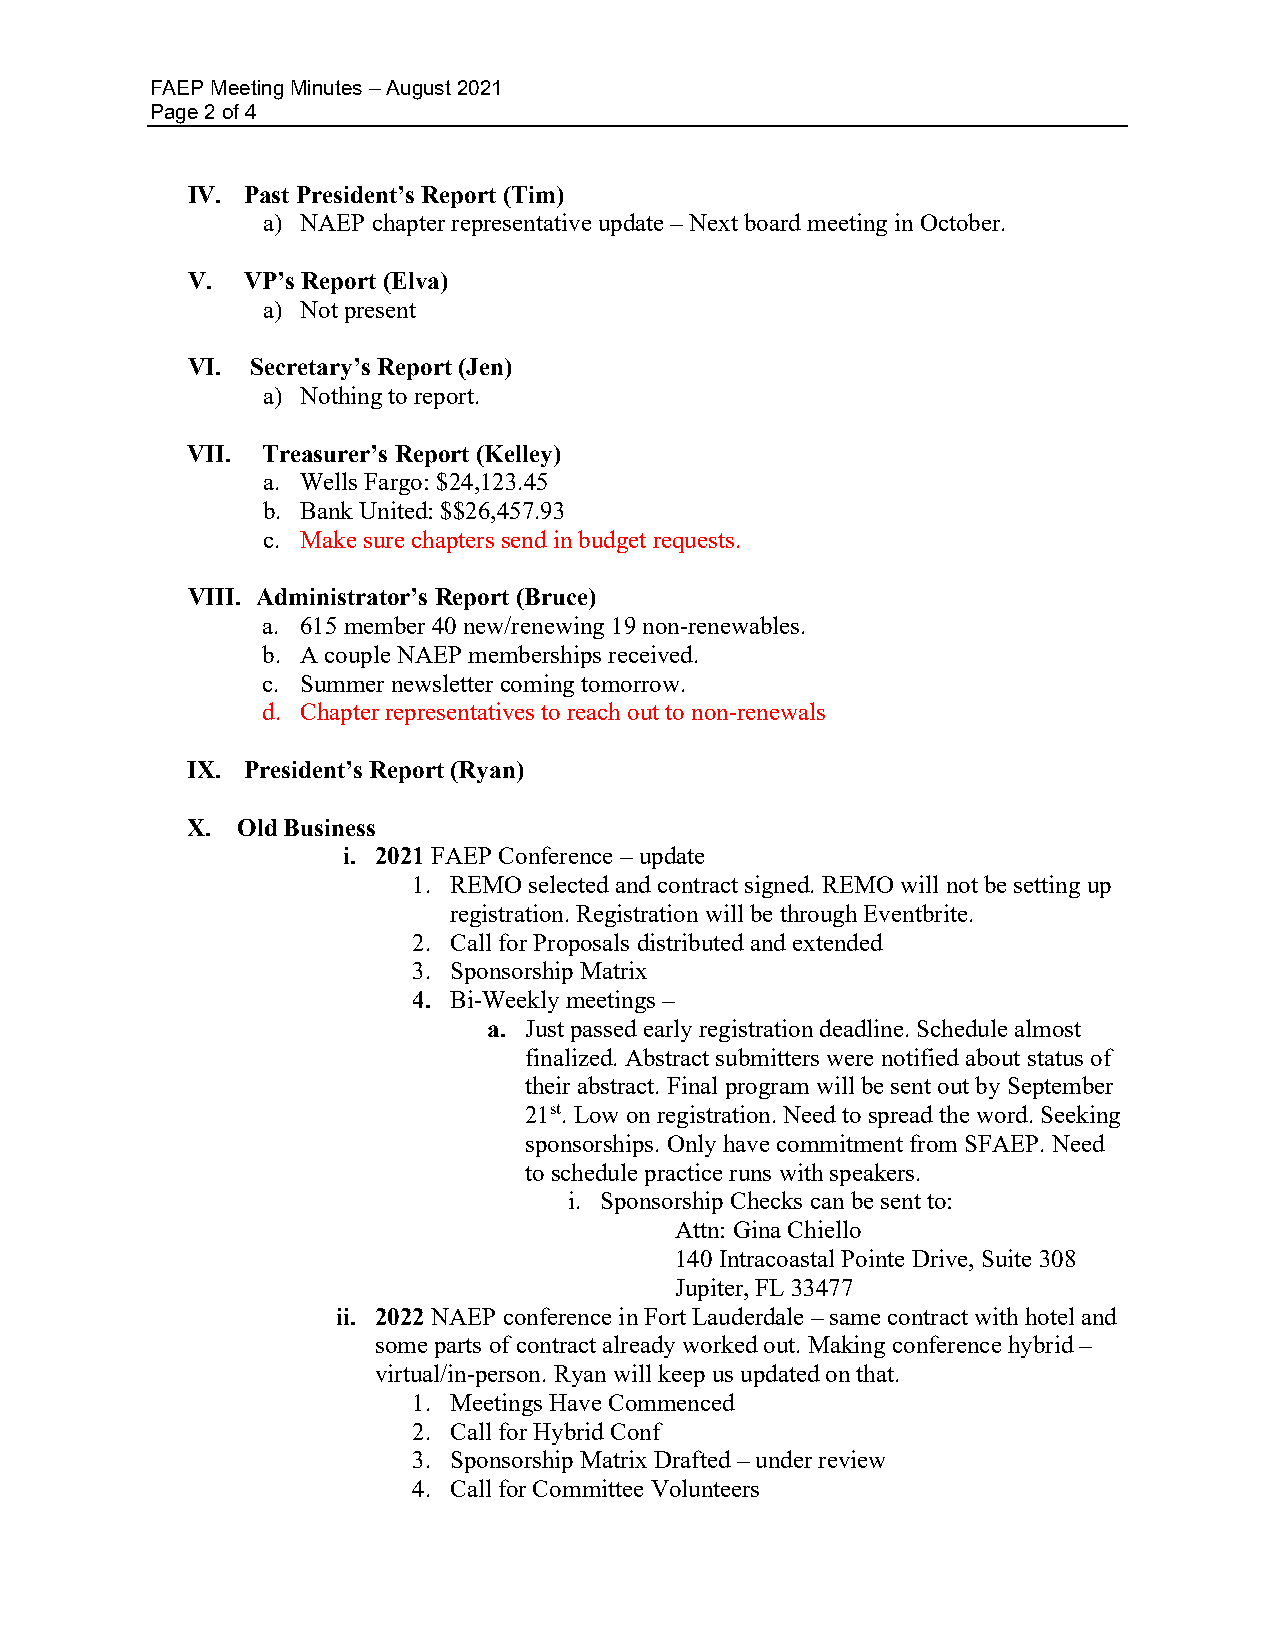
FAEP Meeting Minutes – August 2021
 Page 2 of 4
 IV. Past President’s Report (Tim)
 a) NAEP chapter representative update – Next board meeting in October.
 V.  VP’s Report (Elva)
 a) Not present
 VI.  Secretary’s Report (Jen)
 a) Nothing to report.
 VII. Treasurer’s Report (Kelley)
 a. Wells Fargo: $24,123.45
 b. Bank United: $$26,457.93
 c. Make sure chapters send in budget requests.
 VIII. Administrator’s Report (Bruce)
 a. 615 member 40 new/renewing 19 non-renewables.
 b. A couple NAEP memberships received.
 c. Summer newsletter coming tomorrow.
 d. Chapter representatives to reach out to non-renewals
 IX. President’s Report (Ryan)
 X.  Old Business
 i. 2021 FAEP Conference – update
 1. REMO selected and contract signed. REMO will not be setting up
 registration. Registration will be through Eventbrite.
 2. Call for Proposals distributed and extended
 3. Sponsorship Matrix
 4. Bi-Weekly meetings –
 a. Just passed early registration deadline. Schedule almost
 finalized. Abstract submitters were notified about status of
 their abstract. Final program will be sent out by September
 21st. Low on registration. Need to spread the word. Seeking
 sponsorships. Only have commitment from SFAEP. Need
 to schedule practice runs with speakers.
 i. Sponsorship Checks can be sent to:
 Attn: Gina Chiello
 140 Intracoastal Pointe Drive, Suite 308
 Jupiter, FL 33477
 ii. 2022 NAEP conference in Fort Lauderdale – same contract with hotel and
 some parts of contract already worked out. Making conference hybrid –
 virtual/in-person. Ryan will keep us updated on that.
 1. Meetings Have Commenced
 2. Call for Hybrid Conf
 3. Sponsorship Matrix Drafted – under review
 4. Call for Committee Volunteers